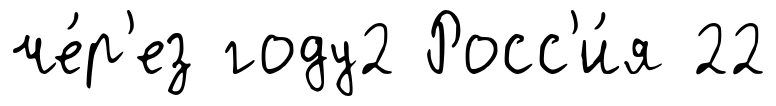
че́р'ез году2 Росс'и́я 22